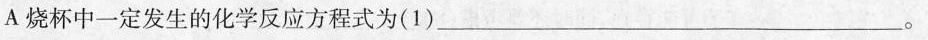
A烧杯中一定发生的化学反应方程式为(1)______